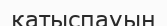
қатыспауын